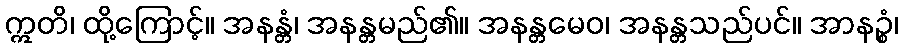
ဣတိ၊ ထို့ကြောင့်။ အနန္တံ၊ အနန္တမည်၏။ အနန္တမေဝ၊ အနန္တသည်ပင်။ အာနဉ္စံ၊